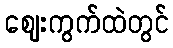
ဈေးကွက်ထဲတွင်